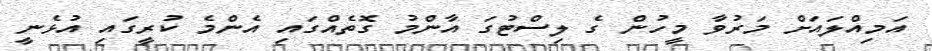
އަމިއްލައަށް މަރުވާ މީހުން ގެ ލިސްޓުގަ އާންމު ގޮތެއްގައި އެންމެ ކުރީގައި އުޅެނީ